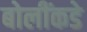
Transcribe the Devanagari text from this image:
बोलींकडे